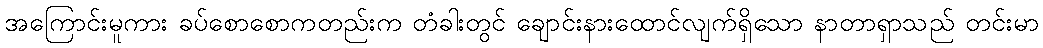
အကြောင်းမူကား ခပ်စောစောကတည်းက တံခါးတွင် ချောင်းနားထောင်လျက်ရှိသော နာတာရှာသည် တင်းမာ